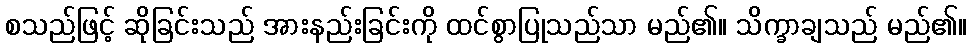
စသည်ဖြင့် ဆိုခြင်းသည် အားနည်းခြင်းကို ထင်စွာပြုသည်သာ မည်၏။ သိက္ခာချသည် မည်၏။